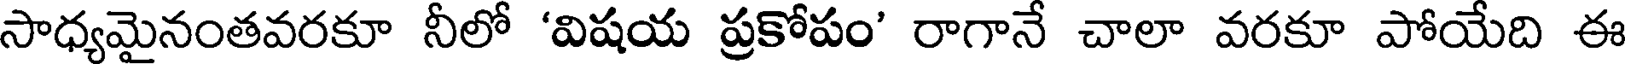
సాధ్యమైనంతవరకూ నీలో 'విషయ ప్రకోపం' రాగానే చాలా వరకూ పోయేది ఈ